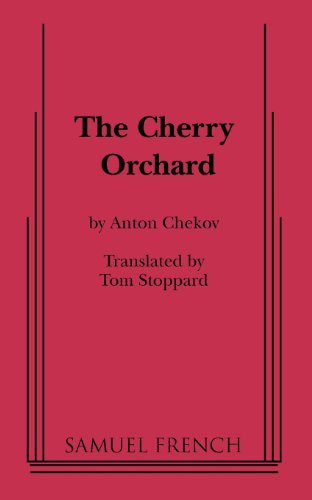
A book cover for The Cherry Orchard; Anton Chekov; Literature & Fiction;